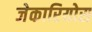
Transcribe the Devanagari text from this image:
जेकारियोस